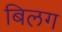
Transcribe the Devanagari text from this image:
बिलग